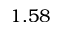
1 . 5 8